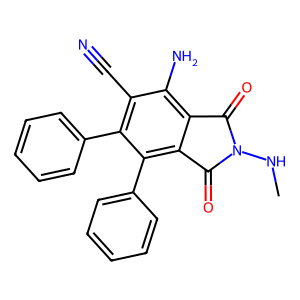
SMILES: CNN1C(=O)c2c(N)c(C#N)c(-c3ccccc3)c(-c3ccccc3)c2C1=O
Inhibits HIV replication: No